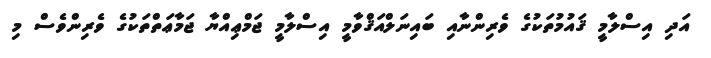
އަދި އިސްލާމީ ޤައުމުތަކުގެ ވެރިންނާއި ބައިނަލްއަޤްވާމީ އިސްލާމީ ޖަމްޢިއްޔާ ޖަމާޢަތްތަކުގެ ވެރިންވެސް މި